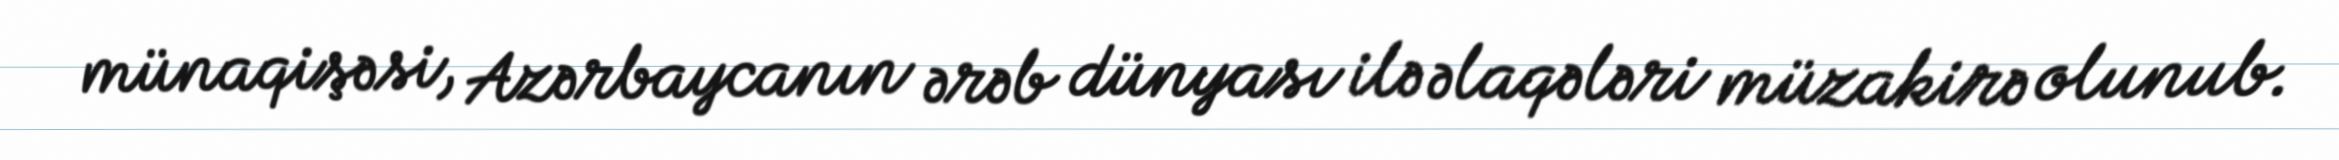
münaqişəsi, Azərbaycanın ərəb dünyası ilə əlaqələri müzakirə olunub.